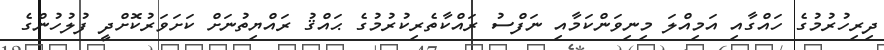
ދިރިހުރުމުގެ ހައްގާއި އަމިއްލަ މިނިވަންކަމާއި ނަފްސު ރައްކާތެރިކުރުމުގެ ޙައްޤު ރައްޔިތުނަށް ކަށަވަރުކޮށްދީ ފުލުހުންގެ